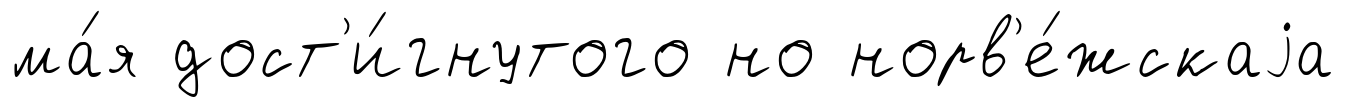
ма́я дост'и́гнутого но норв'е́жскаjа